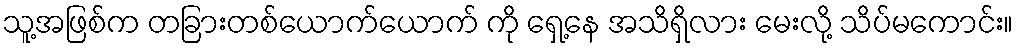
သူ့အဖြစ်က တခြားတစ်ယောက်ယောက် ကို ရှေ့နေ အသိရှိလား မေးလို့ သိပ်မကောင်း။